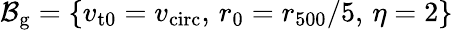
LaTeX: \mathcal{B}_{\mathrm{g}}=\{ v_{\mathrm{t0}}=v_{\mathrm{circ}},\, r_{0}=r_{500}/5,\, \eta=2\}